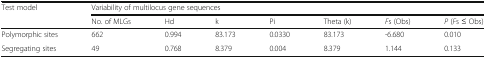
| <ROWSPAN=2> Test model | <COLSPAN=7> Variability of multilocus gene sequences |
 | No. of MLGs | Hd | k | Pi | Theta (k) | Fs (Obs) | P (Fs ≤ Obs) |
 | --- | --- | --- | --- | --- | --- | --- | --- |
 | Polymorphic sites | 662 | 0.994 | 83.173 | 0.0330 | 83.173 | -6.680 | 0.010 |
 | Segregating sites | 49 | 0.768 | 8.379 | 0.004 | 8.379 | 1.144 | 0.133 |